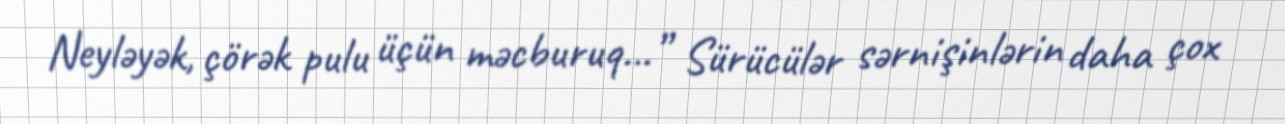
Neyləyək, çörək pulu üçün məcburuq…” Sürücülər sərnişinlərin daha çox